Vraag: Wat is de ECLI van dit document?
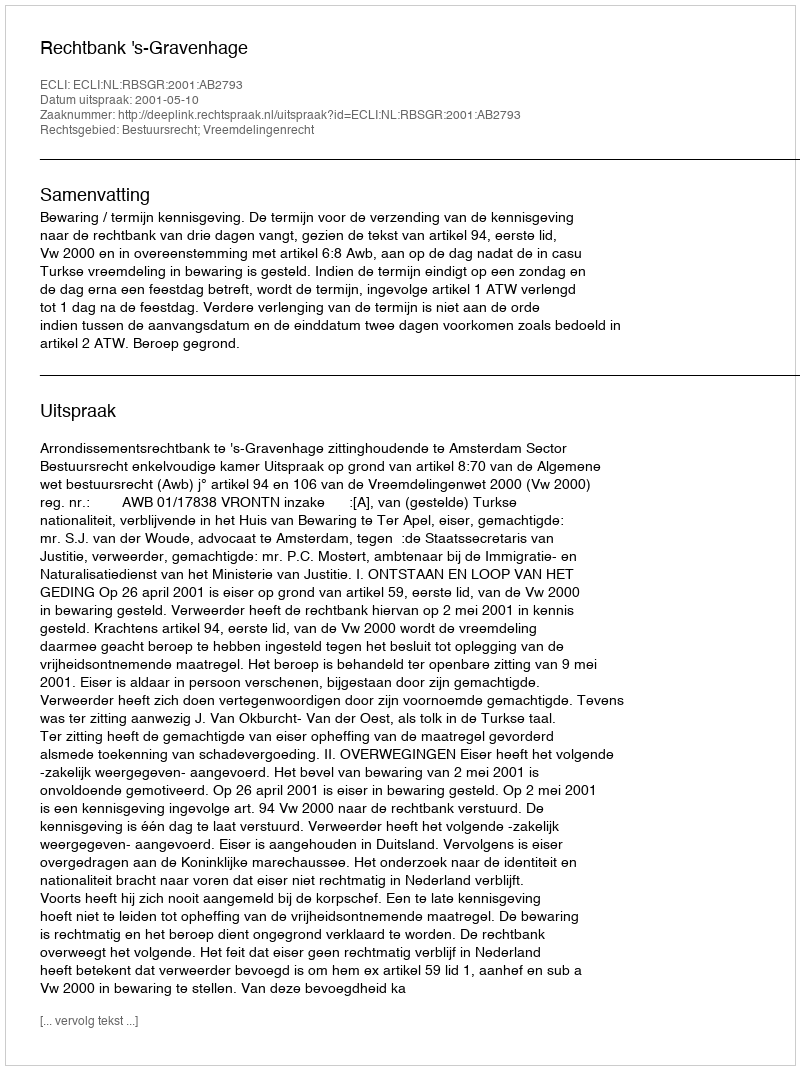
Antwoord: ECLI:NL:RBSGR:2001:AB2793